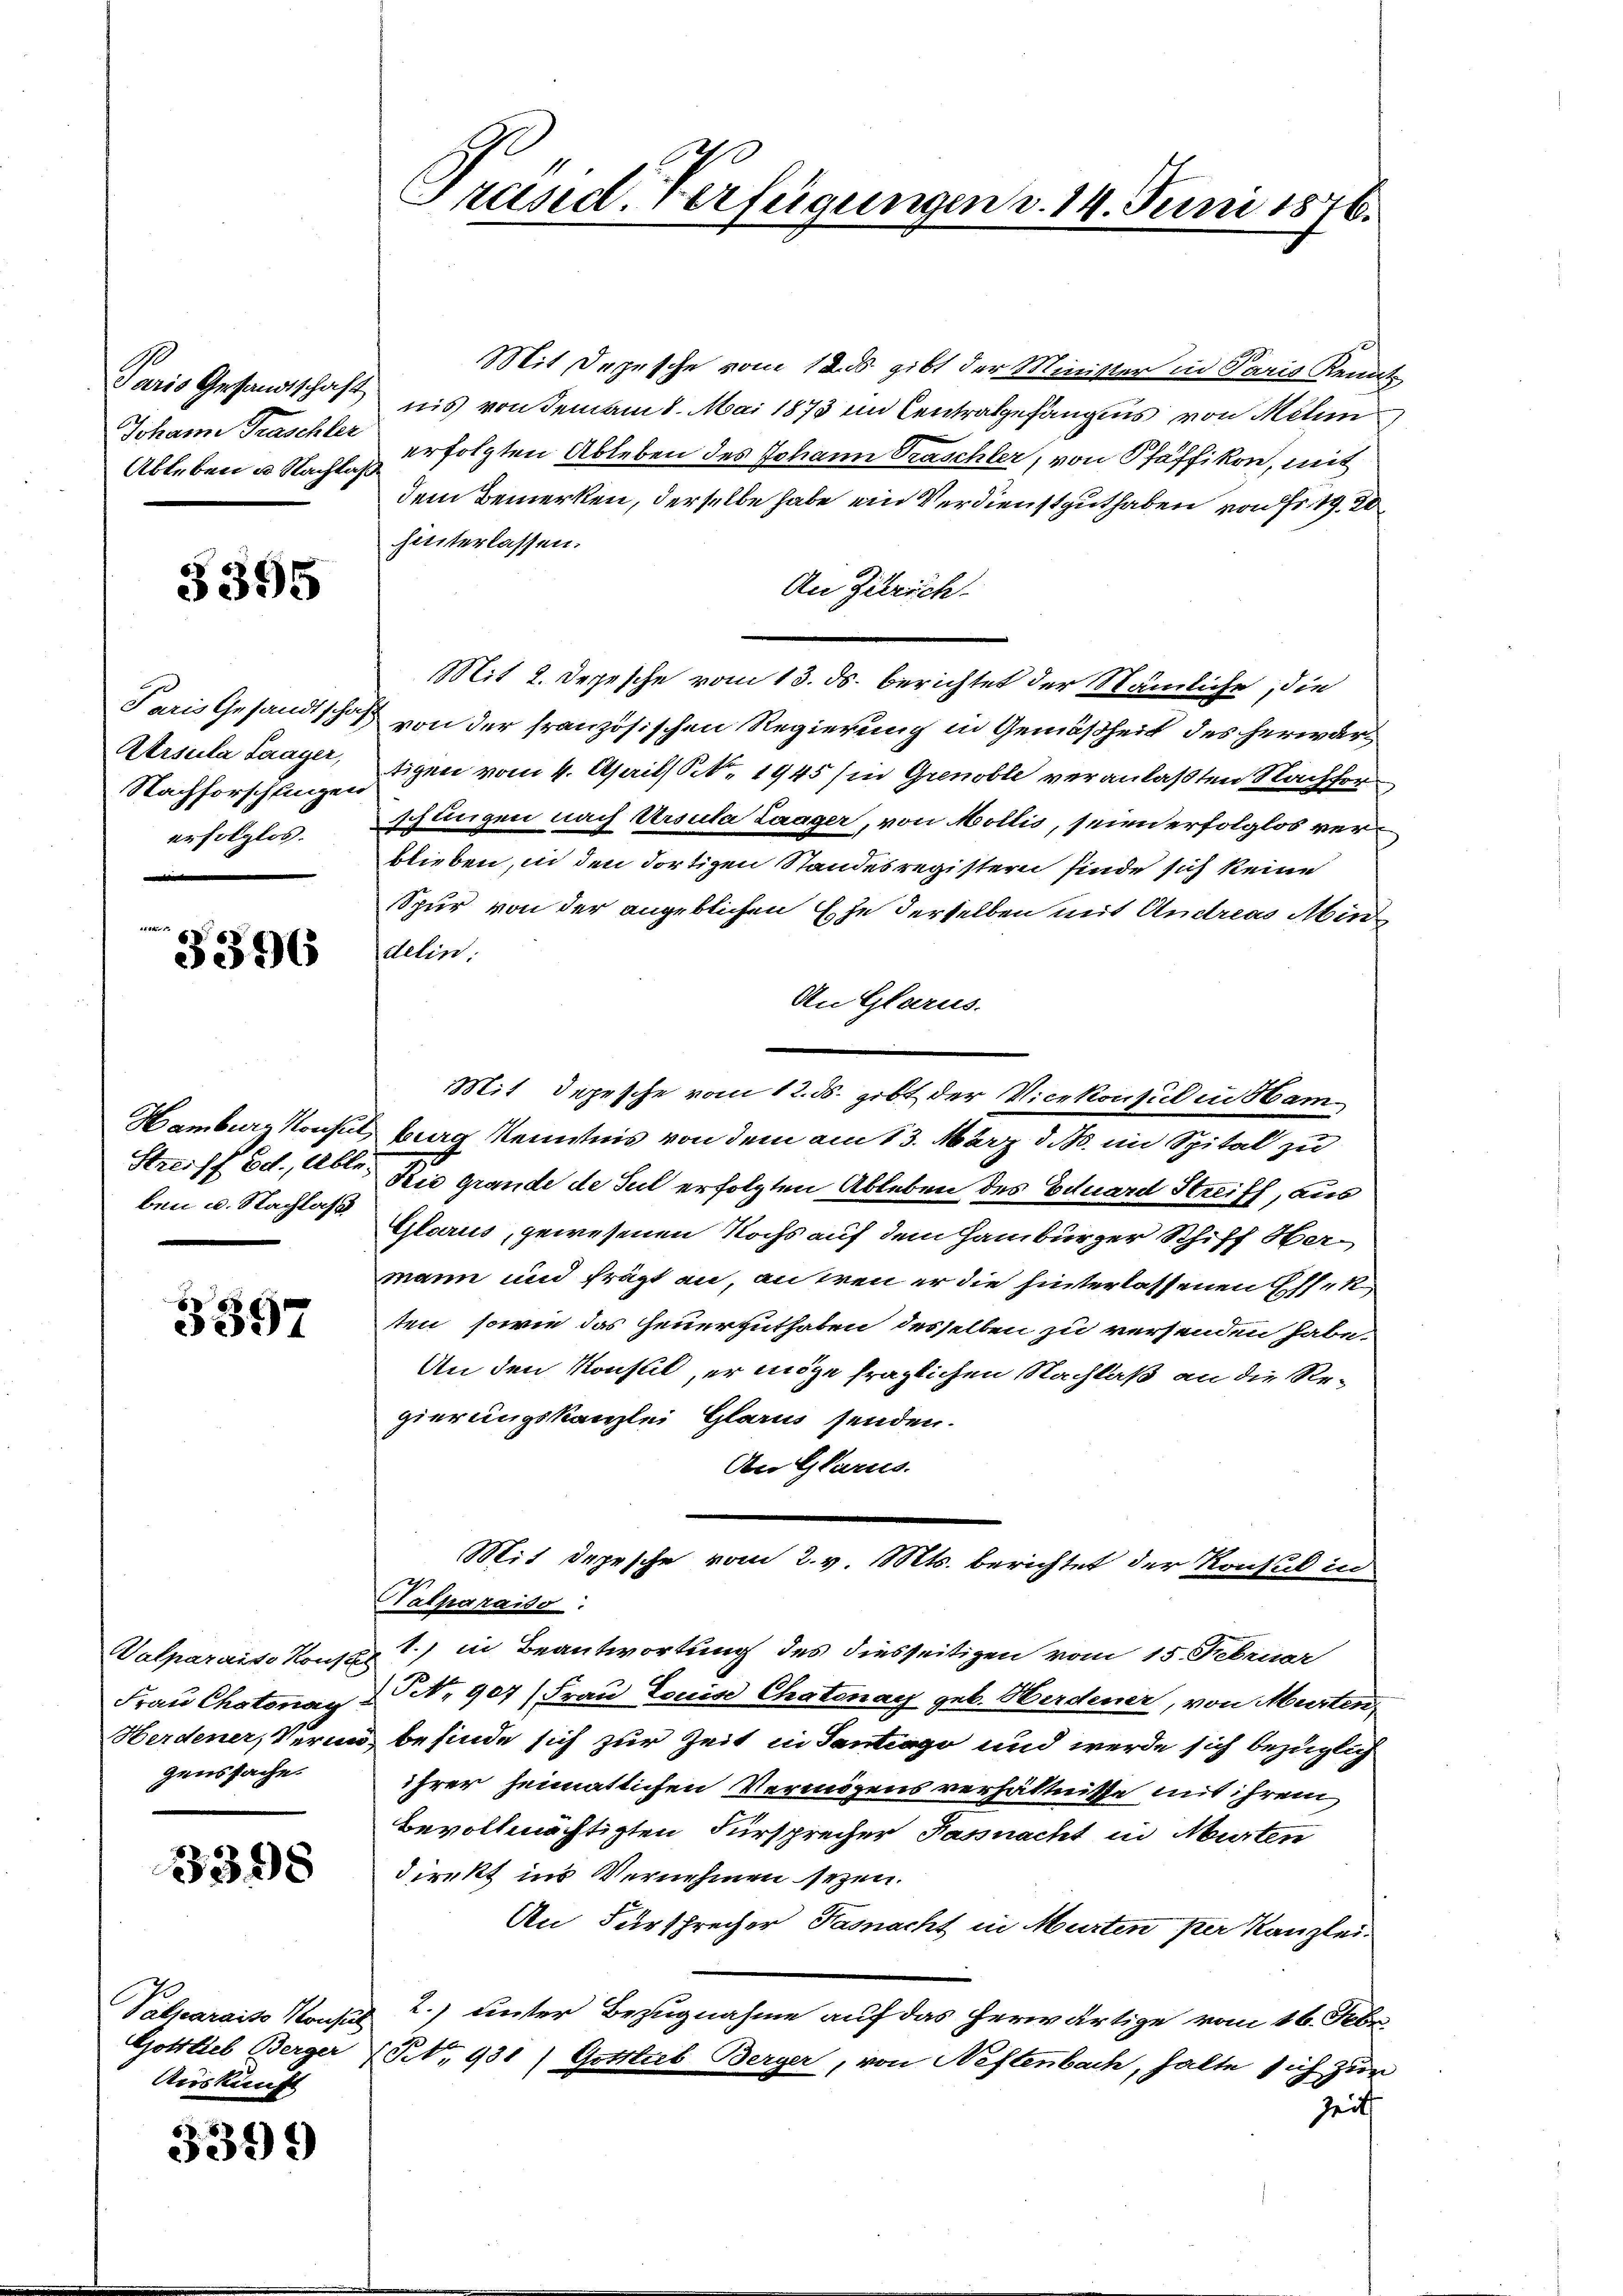
Paris Gesandtschaft
Johann Traschler
Ableben u. Nachlaße

3395

Atrsula Laager,
Nachforschlingen
erfolglos.

3396

ben u. Nachlass

3397

genssache

3398

Mit Depesche vom 12. ds. gibt der Minister in Paris Kennt
nis von dem am 8. Mai 1873 in Centralgefängens von Mehm
erfolgten Ableben des Johann Traschler, von Pfäffikon, mit
dem Bemerken, derselbe habe ein Verdienst gut haben von Fr. 19. 20
hinterlassen.
An Zürich.
Mit 2. Depesche vom 13. ds. berichtet der Nämliche, die
Paris Gesandtschaft von der französischen Regierung in Gemäßheit des herwärt
tigen vom 4. April S. 1945 in Grenoble veranlaßten Nachforschungen nach Ursula Laager, von Mollis, seien erfolglos verblieben, in den dortigen Standesregistern finde sich keine
Spur von der angeblichen Ehe derselben mit Andreas Min
delin.
An Glarus.
Mit Depesche vom 12. ds. gibt der Vicekonsul in Ham¬
Hamburg Konsul berg Kenntnis von dem am 13. März d. B. im Spital zu
Streiff od. Able. Die grande de Seil erfolgten Ableben des Eduard Streiff, aus
Glarus, gewesenen Nochs auf dem Hamburger Schiff Obermann und frägt an, antren er die hinterlassenen Ehek
ten, sowie das Feuerguthaben desselben zu versenden habe.
An den Konsul, er möge fraglichen Nachlaß an die Regierungskanzlei Glarus senden.
An Glarus.
Mit Depesche vom 2. v. Mts. berichtet der Konsul in
Talparaiso:
Valparaiso Konsul ?) in Beantwortung des diesseitigen vom 15. Februar
Frau Chotonay No 907 (Frau Louis Chatonay geb. Herdener, von Murten-
Herdener, Verin befinde sich zur Zeit in Santrago und werde sich bezüglich
ihrer heimatlichen Vermögens verhältnisse mit ihrem
Bevollmächtigten Fürsprecher Pasnacht in Murten
direkt ins Vernehmen seyen.
An Fürsprecher Hasnacht in Murten per Kanzlei
Valparais Konsul 2.) unter Bezugnahme auf das herwärtige vom 16. Febr
A
Gottlieb Berger (S. 931) Gotttub Berger, von Neftenbach, halte sich zur
Zeit

Auskunft

3399

Präsid. Verfügungen v. 14. Juni 1876.